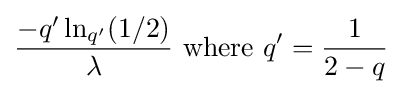
{\frac {-q'\ln _{q'}(1/2)}{\lambda }}{\text{ where }}q'={\frac {1}{2-q}}